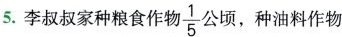
5.李叔叔家种粮食作物\frac{1}{5}公顷，种油料作物